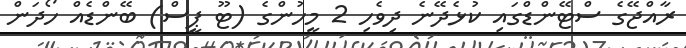
ރާއްޖޭގެ ސްޓޭންޑްގައި ކުޅެދޭނެ ދިވެހި 2 މީހުންގެ (ޓޫ ޕީސް) ބޭންޑެއް ހޯދަން